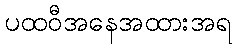
ပထဝီအနေအထားအရ